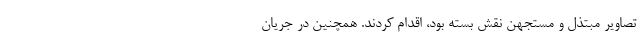
تصاویر مبتذل و مستجهن نقش بسته بود، اقدام کردند. همچنین در جریان